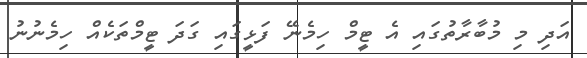
އަދި މި މުބާރާތުގައި އެ ޓީމް ހިމެނޭ ފަޅީގައި ގަދަ ޓީމްތަކެއް ހިމެނުނު